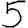
Digit: 5